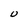
Character: O